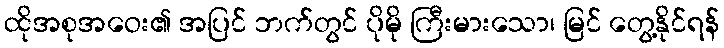
ထိုအစုအဝေး၏ အပြင် ဘက်တွင် ပိုမို ကြီးမားသော၊ မြင် တွေ့နိုင်ရန်